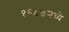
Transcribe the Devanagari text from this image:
१६८७मध्ये